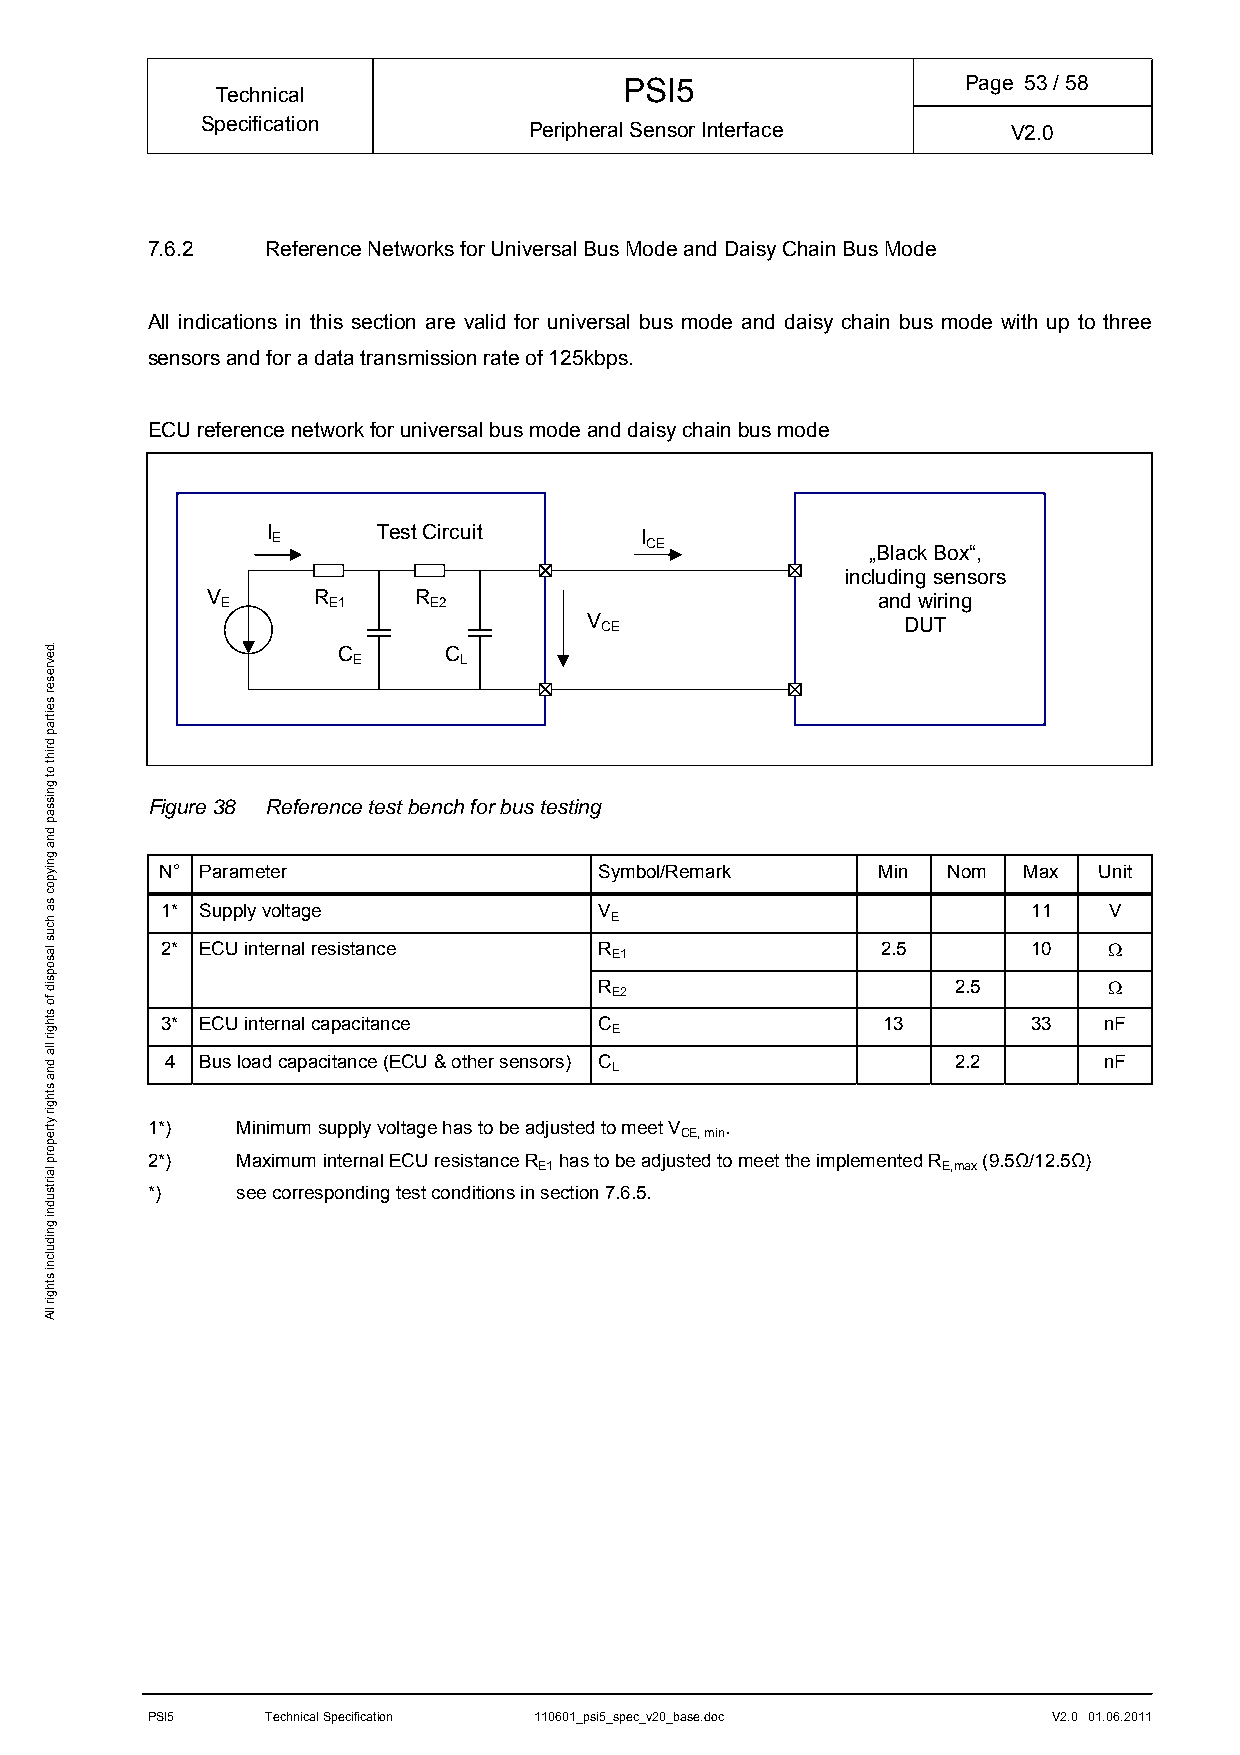
PSI5                   Page 53/ 58
 Technical
 Specification         Peripheral Sensor Interface     V2.0
 7.6.2   Reference Networks for Universal Bus Mode and Daisy Chain Bus Mode
 All indications in this section are valid for universal bus mode and daisy chain bus mode with up to three
 sensors and for a data transmission rate of 125kbps.
 ECU reference network for universal bus mode and daisy chain bus mode
 I E    Test Circuit     I CE
 „Black Box“,
 including sensors
 V E    R E1  R E2                           and wiring
 V CE                 DUT
 C      C
 E      L
 Figure 38 Reference test bench for bus testing
 N° Parameter                 Symbol/Remark     Min  Nom  Max  Unit
 1* Supply voltage            V                           11   V
 E
 2* ECU internal resistance   R                 2.5       10    E1
 R                      2.5       
 E2
 3* ECU internal capacitance  C                 13        33   nF
 E
 4 Bus load capacitance (ECU & other sensors) C      2.2       nF L
 1*)   Minimum supply voltage has to be adjusted to meet V .
 CE, min
 2*)   Maximum internal ECU resistance R has to be adjusted to meet the implemented R (9.5Ω/12.5Ω)
 E1                        E,max
 *)    see corresponding test conditions in section 7.6.5.
 PSI5    Technical Specification 110601_psi5_spec_v20_base.doc V2.0 01.06.2011
 .devreser
 seitrap
 driht
 ot
 gnissap
 dna
 gniypoc
 sa
 hcus
 lasopsid
 fo
 sthgir
 lla
 dna
 sthgir
 ytreporp
 lairtsudni
 gnidulcni
 sthgir
 llA